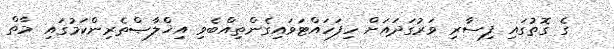
ގެ ގޮތުގައި ފިސާރި ވަރުގަދައަށް ހިފަހައްޓަވައިގެންތިއްބެވި އިޚްލާޞްތެރިންކަމުގައި މާތް